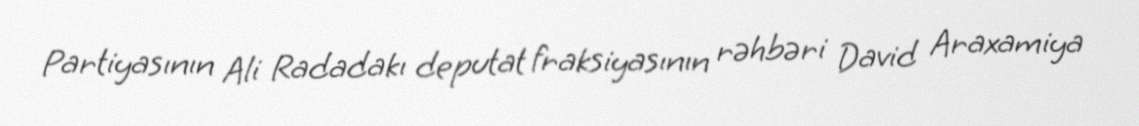
Partiyasının Ali Radadakı deputat fraksiyasının rəhbəri David Araxamiya